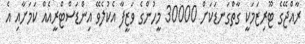
ރާއްޖޭގެ ޓޫރިޒަމަކީ ގާތްގަނޑަކަށް 30000 މީހުންގެ ވަޒީފާ އެކުލެވޭ އިންޑަސްޓްރީއެއް ކަމަށާއި އެ